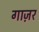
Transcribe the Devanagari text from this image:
गाज़र